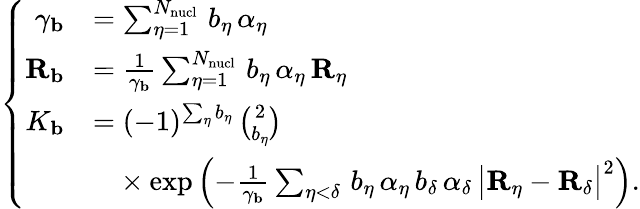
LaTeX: \left\lbrace\begin{array}{rl}{\gamma_{\mathbf{b}}}&{=\sum_{\eta=1}^{N_{\mathrm{nucl}}}\, b_{\eta}\, \alpha_{\eta}}\\ {{\mathbf{R}_{\mathbf{b}}}}&{=\frac{1}{\gamma_{\mathbf{b}}}\sum_{\eta=1}^{N_{\mathrm{nucl}}}\, b_{\eta}\, \alpha_{\eta}\, {\mathbf{R}_{\eta}}}\\ {K_{\mathbf{b}}}&{=(-1)^{\sum_{\eta}b_{\eta}}\, {\binom{2}{b_{\eta}}}}\\ &{\phantom{=}\times\exp\left(-\frac{1}{\gamma_{\mathbf{b}}}\sum_{\eta<\delta}\, b_{\eta}\, \alpha_{\eta}\, b_{\delta}\, \alpha_{\delta}\, \big|{\mathbf{R}_{\eta}}-{\mathbf{R}_{\delta}}\big|^{2}\right)\mathrm{.}}\end{array}\right.